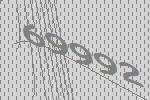
69992